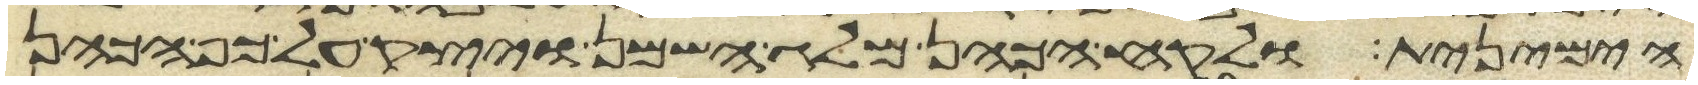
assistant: הימנית ולקח הכהן מלג השמן ויצק על כף הכהן